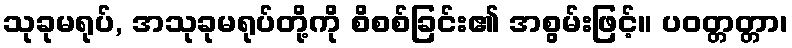
သုခုမရုပ်, အသုခုမရုပ်တို့ကို စိစစ်ခြင်း၏ အစွမ်းဖြင့်။ ပဝတ္တတ္တာ၊